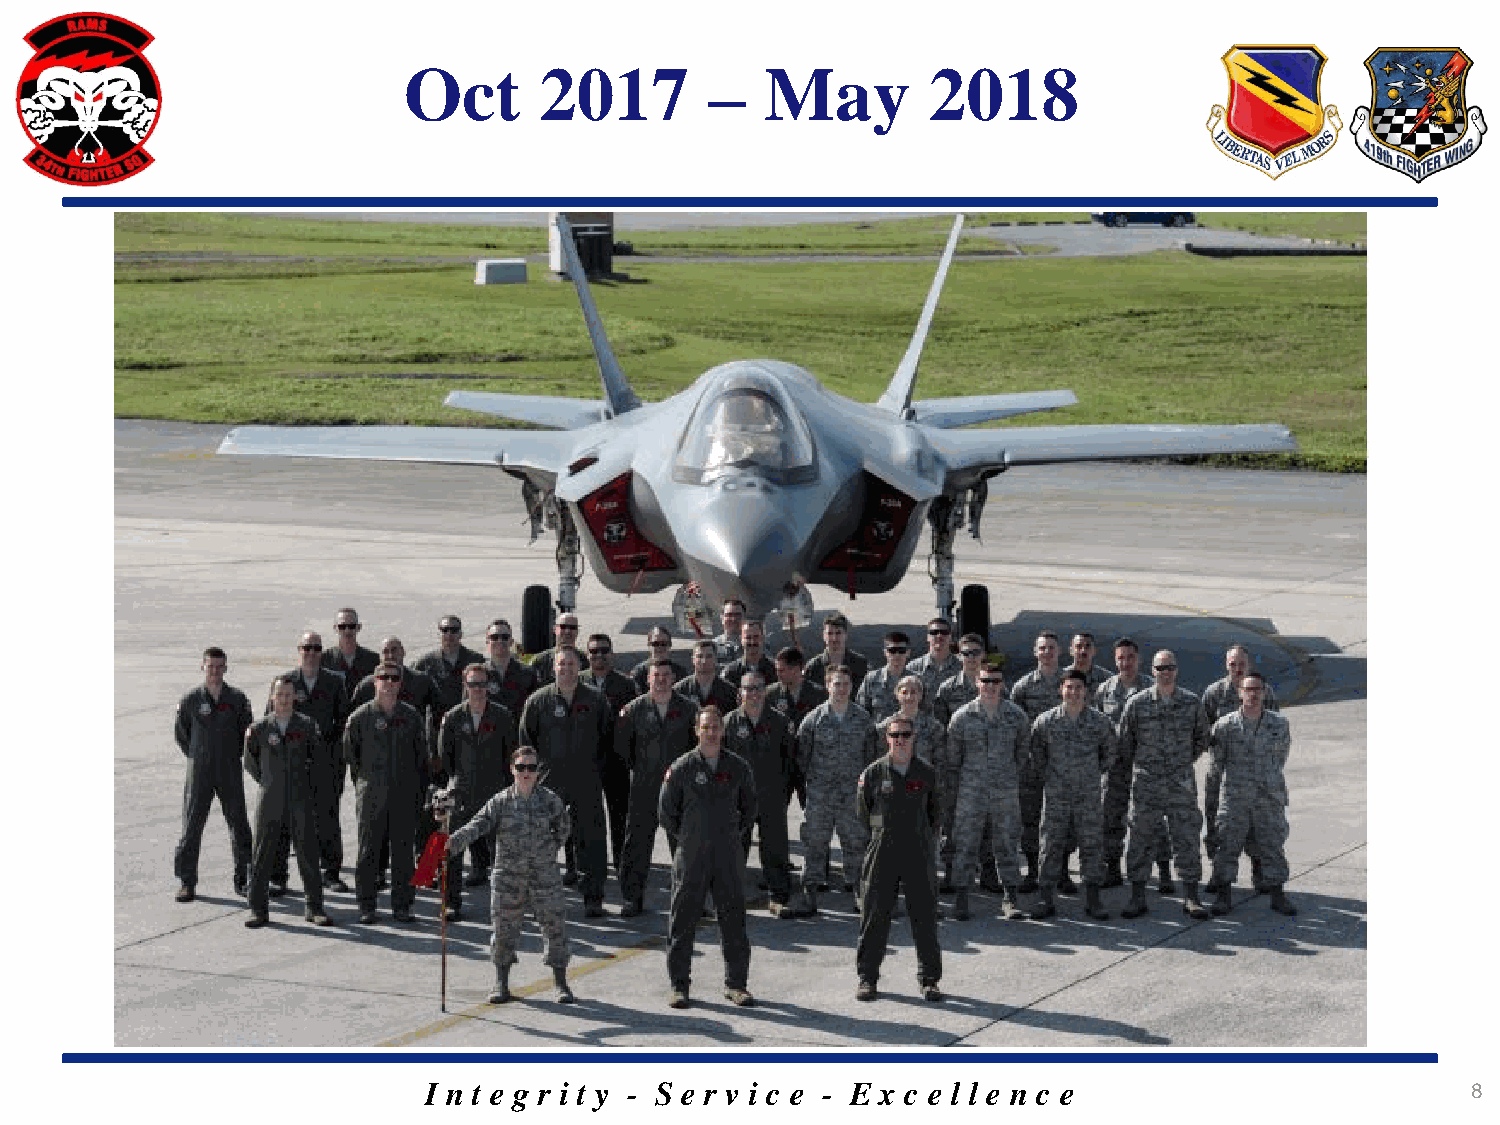
Oct      2017       –   May       2018
 I n t e g r i t y - S e r v i c e - E x c e l l e n c e              8